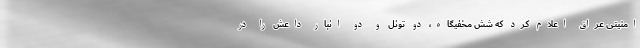
امنیتی عراق اعلام کرد که شش مخفیگاه، دو تونل و دو انبار داعش را در